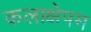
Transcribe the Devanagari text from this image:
कलाक्षेपम